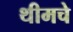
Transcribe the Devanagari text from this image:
थीमचे